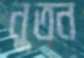
নুতন